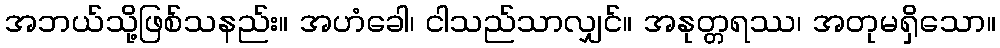
အဘယ်သို့ဖြစ်သနည်း။ အဟံခေါ၊ ငါသည်သာလျှင်။ အနုတ္တရဿ၊ အတုမရှိသော။